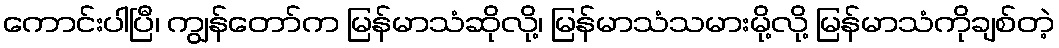
ကောင်းပါပြီ၊ ကျွန်တော်က မြန်မာသံဆိုလို့၊ မြန်မာသံသမားမို့လို့ မြန်မာသံကိုချစ်တဲ့